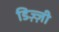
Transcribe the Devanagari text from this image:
डिज़्ज़ी